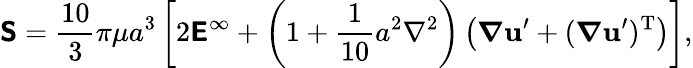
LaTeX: {\boldsymbol{\mathsf{S}}}={\frac{10}{3}}\pi\mu a^{3}\left[2{\boldsymbol{\mathsf{E}}}^{\infty}+\left(1+{\frac{1}{10}}a^{2}\nabla^{2}\right)\left({\boldsymbol{\nabla}}\mathbf{u}^{\prime}+({\boldsymbol{\nabla}}\mathbf{u}^{\prime})^{\mathrm{T}}\right)\right],